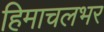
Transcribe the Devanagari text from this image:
हिमाचलभर